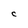
Character: c